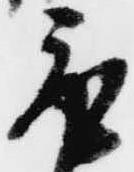
取